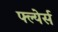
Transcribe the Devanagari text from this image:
फ्ल्येर्स